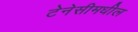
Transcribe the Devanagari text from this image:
टेनेसीमधील